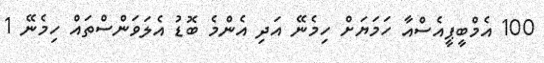
100 އެމްބީޕީއެސްއާ ހަމަޔަށް ހިމެނޭ އަދި އެންމެ ބޮޑު އެލަވަންސްތައް ހިމެނޭ 1